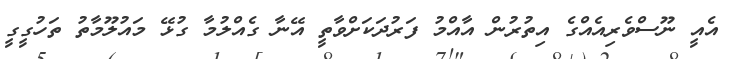
އެއީ ނޫސްވެރިއެއްގެ އިތުރުން އާއްމު ފަރުދަކަށްވާތީ އޭނާ ގެއްލުމާ ގުޅޭ މައުލޫމާތު ތަހުގީގީ